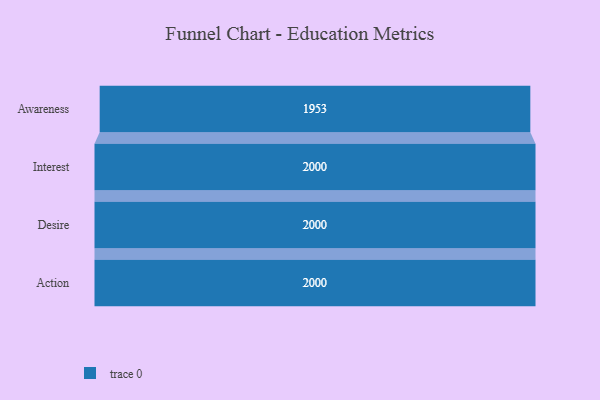
{"axis": {"x": "Stage", "y": "Value"}, "legend": [""], "data": [{"x": "Awareness", "y": 1953.0, "type": ""}, {"x": "Interest", "y": 2000, "type": ""}, {"x": "Desire", "y": 2000, "type": ""}, {"x": "Action", "y": 2000, "type": ""}]}